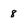
Character: 8